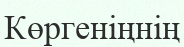
Көргеніңнің